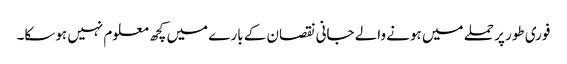
فوری طور پر حملے میں ہونے والے جانی نقصان کے بارے میں کچھ معلوم نہیں ہوسکا۔